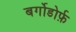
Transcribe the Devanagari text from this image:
बर्गोडोर्फ़